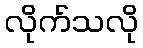
လိုက်သလို